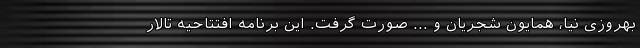
بهروزی نیا، همایون شجریان و ... صورت گرفت. این برنامه افتتاحیه تالار